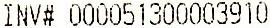
INV# 000051300003910